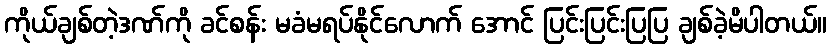
ကိုယ်ချစ်တဲ့ဒဏ်ကို ခင်စန်း မခံမရပ်နိုင်လောက် အောင် ပြင်းပြင်းပြပြ ချစ်ခဲ့မိပါတယ်။